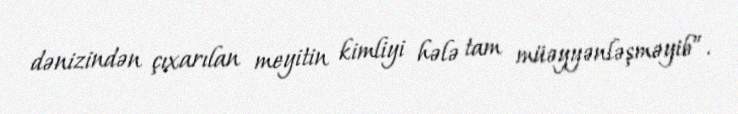
dənizindən çıxarılan meyitin kimliyi hələ tam müəyyənləşməyib”.